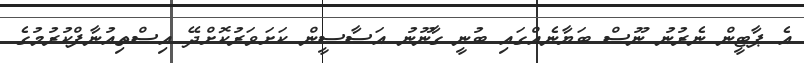
އެ ޕާޓީން ނެރުނު ނޫސް ބަޔާނެއްގައި ބުނީ ގާނޫނު އަސާސީން ކަށަވަރުކޮށްދޭ އިސްތިއުނާފްކުރުމުގެ